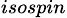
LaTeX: _{isospin}